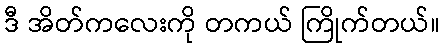
ဒီ အိတ်ကလေးကို တကယ် ကြိုက်တယ်။